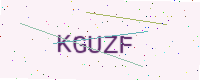
Text: KGUZF